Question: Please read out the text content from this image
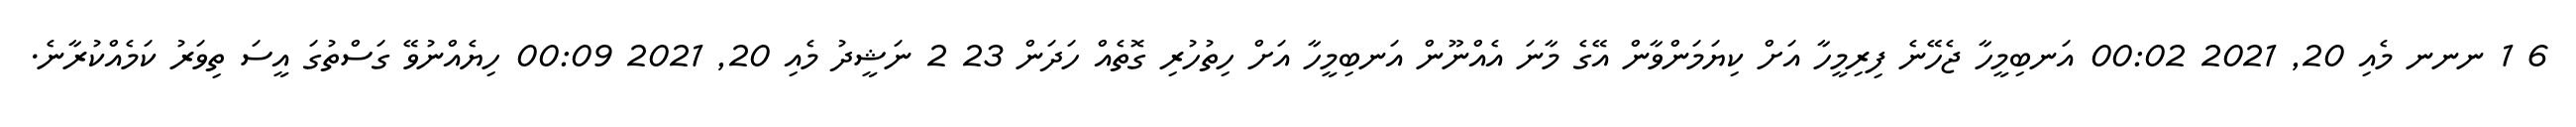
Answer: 6 1 ނނނ މެއި 20, 2021 00:02 އަނބިމީހާ ޖެހޭނެ ފިރިމީހާ އަށް ކިޔަމަންވާން އޭގެ މާނަ އެއްނޫން އަނބިމީހާ އަށް ހިތުހުރި ގޮތެއް ހަދަން 23 2 ނަޝީދު މެއި 20, 2021 00:09 ހިޔެއްނުވޭ ގަސްތުގަ އީސަ ތިވަރު ކަމެއްކުރާނެ.